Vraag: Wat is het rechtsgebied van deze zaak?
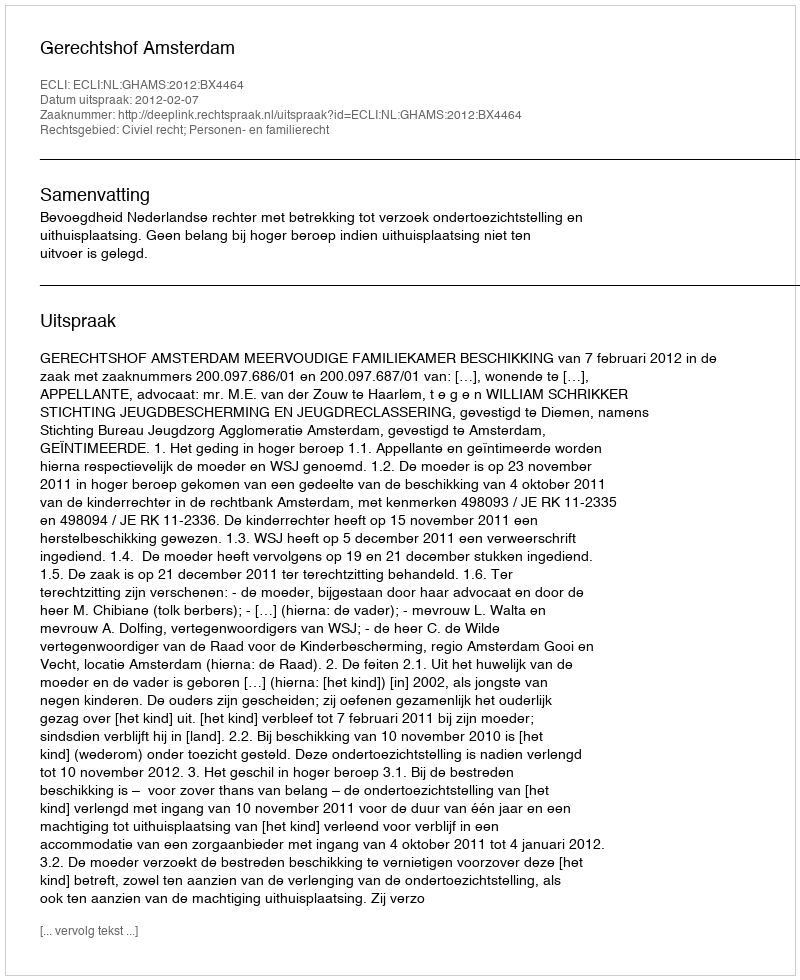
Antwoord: Civiel recht; Personen- en familierecht